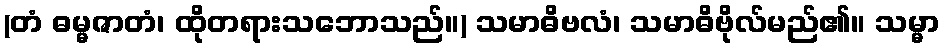
(တံ ဓမ္မဇာတံ၊ ထိုတရားသဘောသည်။) သမာဓိဗလံ၊ သမာဓိဗိုလ်မည်၏။ သမ္မာ